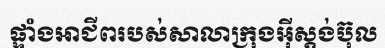
ផ្ទាំងអាជីពរបស់សាលាក្រុងអ៊ីស្តង់ប៊ុល